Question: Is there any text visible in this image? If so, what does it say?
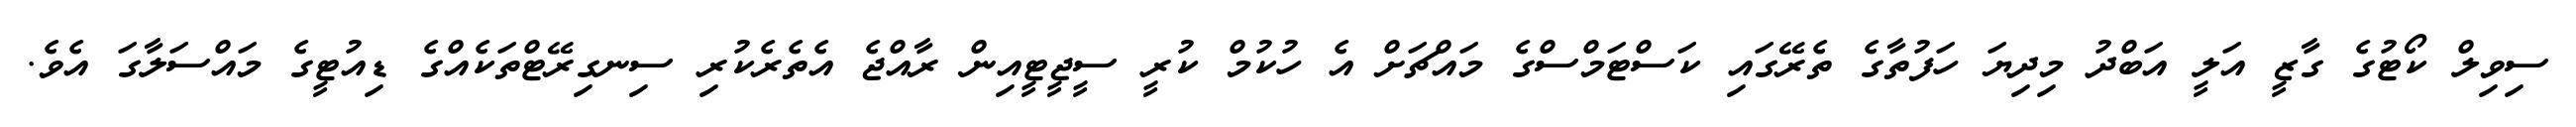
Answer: ސިވިލް ކޯޓުގެ ގާޒީ އަލީ އަބްދު މިދިޔަ ހަފުތާގެ ތެރޭގައި ކަސްޓަމްސްގެ މައްޗަށް އެ ހުކުމް ކުރީ ސީޖީޓީއިން ރާއްޖެ އެތެރެކުރި ސިނގިރޭޓްތަކެއްގެ ޑިއުޓީގެ މައްސަލާގަ އެވެ.